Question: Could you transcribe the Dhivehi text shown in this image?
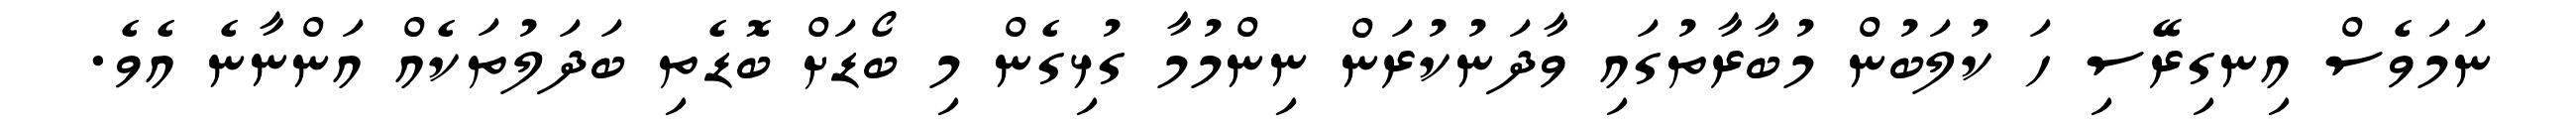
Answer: ނަމަވެސް އިނގިރޭސި ހަ ކުލަބުން މުބާރާތުގައި ވާދަނުކުރަން ނިންމުމާ ގުޅިގެން މި ބޯޑަށް ބޮޑެތި ބަދަލުތަކެއް އަންނާނެ އެވެ.